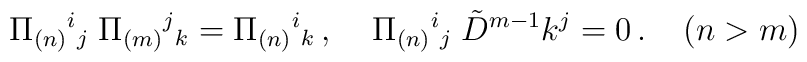
\Pi_{(n)}{}^i{}_j \; \Pi_{(m)}{}^j{}_k= \Pi_{(n)}{}^i{}_k\,, \;\;\;\; \Pi_{(n)}{}^i{}_j \; \tilde{D}^{m-1} k^j = 0\,.\;\;\;\; ( n > m )